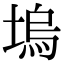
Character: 塢